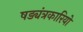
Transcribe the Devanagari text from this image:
षड्यंत्रकारियो